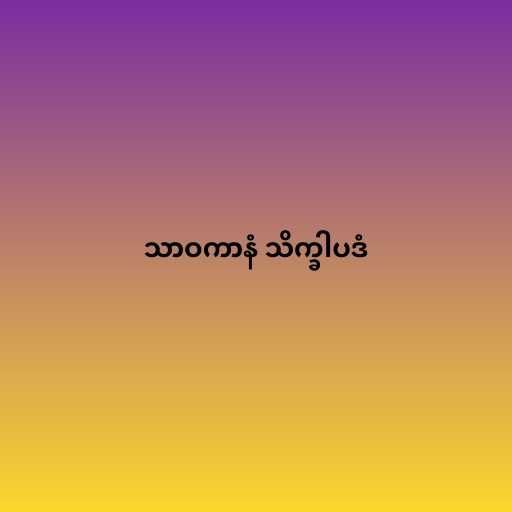
သာဝကာနံ သိက္ခါပဒံ